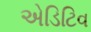
એડિટિવ